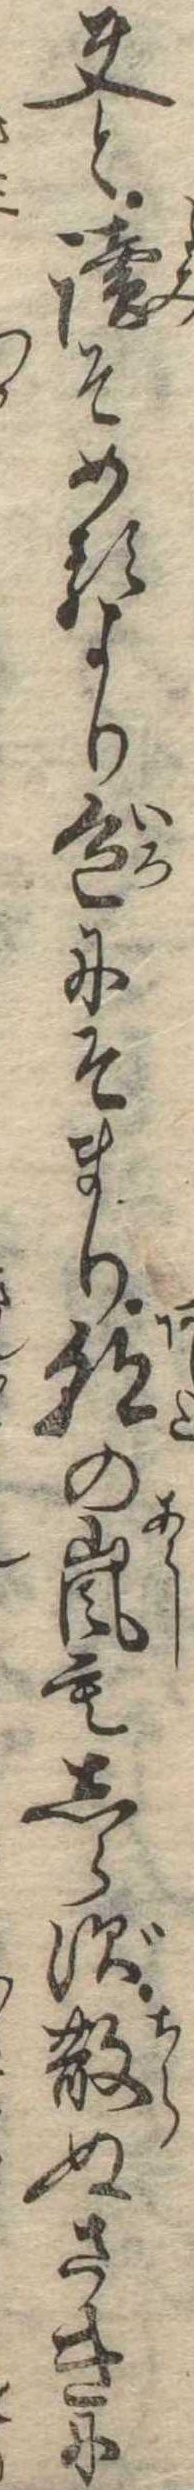
夫と読そめるより色にそまり朝の嵐もしらず散ぬさきに